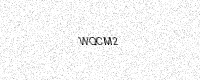
Text: WQCM2